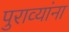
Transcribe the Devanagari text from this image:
पुराव्यांना